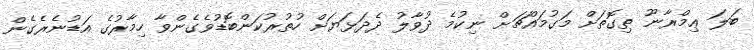
ބަލަ ޢިމްރާނޫ ތިގޮތަށް މަގުމައްޗަށް ނިކުމެ ދުވާލު ދެދަޅަޔަށް ހުތުރުކަންބޮޑުވެގެންވާ ހިމާރުގެ އަޑުނެރެގެން